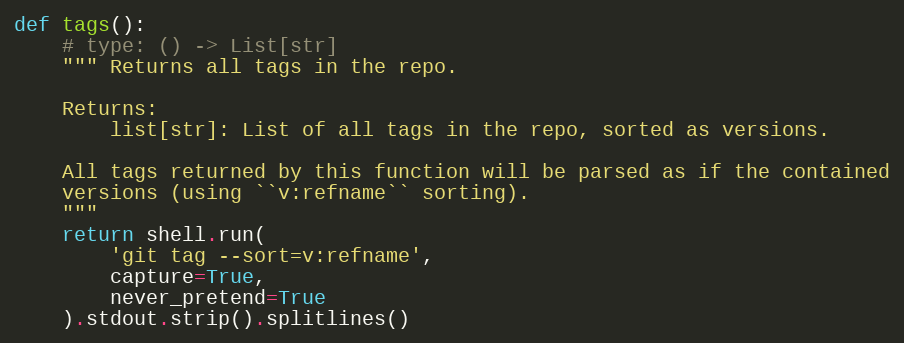
Language: Python
def tags():
    # type: () -> List[str]
    """ Returns all tags in the repo.

    Returns:
        list[str]: List of all tags in the repo, sorted as versions.

    All tags returned by this function will be parsed as if the contained
    versions (using ``v:refname`` sorting).
    """
    return shell.run(
        'git tag --sort=v:refname',
        capture=True,
        never_pretend=True
    ).stdout.strip().splitlines()